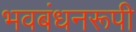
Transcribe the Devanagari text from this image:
भवबंधनरूपी